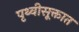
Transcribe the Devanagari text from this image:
पृथ्वीसूक्तात